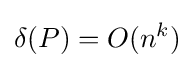
\delta (P)=O(n^{k})